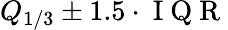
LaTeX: Q_{1/3}\pm 1.5\cdot\mathrm{~I~Q~R~}